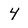
Character: 4